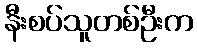
နီးစပ်သူတစ်ဦးက